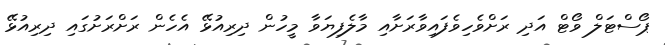
ޕޯސްޓަލް ވޯޓް އަދި ރަށްވެހިވެފައިވާރަށާއި މާލެފިޔަވާ މީހުން ދިރިއުޅޭ އެހެން ރަށްރަށުގައި ދިރިއުޅޭ